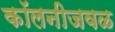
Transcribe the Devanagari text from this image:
कॉलनीजवळ